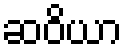
ဆဝိယာ